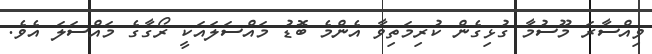
ވިއްސާރަ މޫސުމާ ގުޅިގެން ކުރިމަތިވާ އެންމެ ބޮޑު މައްސަލައަކީ ރޯގާގެ މައްސަލަ އެވެ.